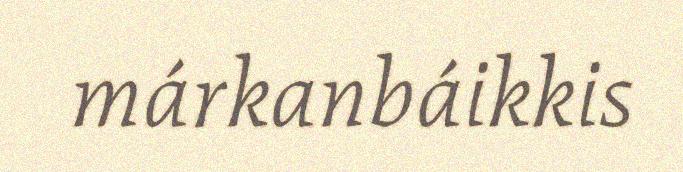
márkanbáikkis